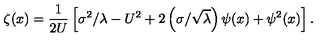
\zeta ( x ) = \frac { 1 } { 2 U } \left[ \sigma ^ { 2 } / \lambda - U ^ { 2 } + 2 \left( \sigma / \sqrt { \lambda } \right) \psi ( x ) + \psi ^ { 2 } ( x ) \right] .